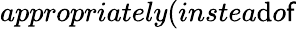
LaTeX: appropriately(instea\mathrm{d}o\mathsf{f}